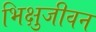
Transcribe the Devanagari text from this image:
भिक्षुजीवन